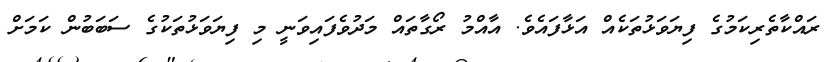
ރައްކާތެރިކަމުގެ ފިޔަވަޅުތަކެއް އަޅާފައެވެ. އާއްމު ރޯގާތައް މަދުވެފައިވަނީ މި ފިޔަވަޅުތަކުގެ ސަބަބުން ކަމަށް